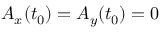
A _ { x } ( t _ { 0 } ) = A _ { y } ( t _ { 0 } ) = 0